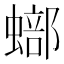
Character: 𧐾